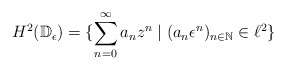
\begin{align*}H^2(\mathbb{D}_\epsilon) = \{\sum_{n = 0}^{\infty}a_n z^n \mid (a_n \epsilon^n)_{n \in \mathbb{N}} \in \ell^2\}\end{align*}